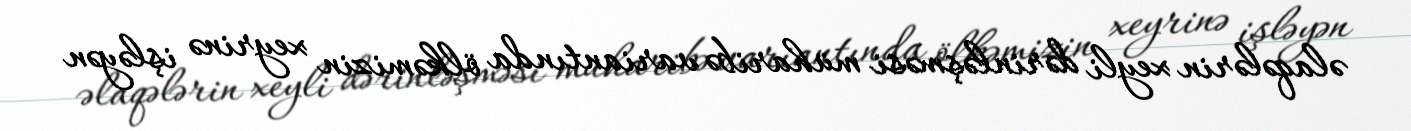
əlaqələrin xeyli dərinləşməsi müharibə variantında ölkəmizin xeyrinə işləyən